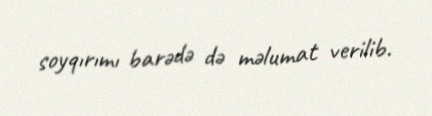
soyqırımı barədə də məlumat verilib.